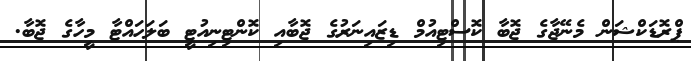
ޕްރޮޑަކްޝަން މެނޭޖާގެ ޖޮބާ ކޮސްޓިއުމް ޑިޒައިނަރުގެ ޖޮބާއި ކޮންޓިނިއުޓީ ބަލަހައްޓާ މީހާގެ ޖޮބާ.